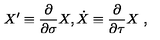
X ^ { \prime } \equiv \frac { \partial } { \partial \sigma } X , \dot { X } \equiv \frac { \partial } { \partial \tau } X \ ,